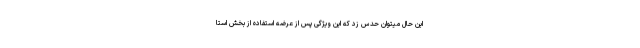
این حال میتوان حدس زد که این ویژگی پس از عرضه استفاده از بخش استا